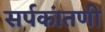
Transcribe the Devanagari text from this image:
सर्पकांतणी